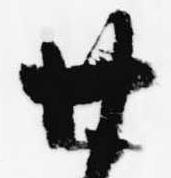
廿